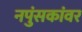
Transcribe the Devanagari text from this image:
नपुंसकांवर